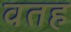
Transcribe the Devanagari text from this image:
वतह